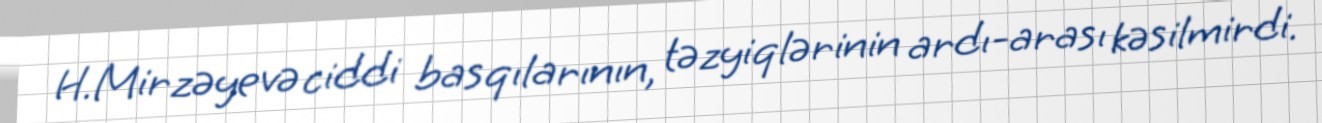
H.Mirzəyevə ciddi basqılarının, təzyiqlərinin ardı-arası kəsilmirdi.